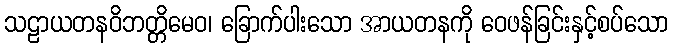
သဠာယတနဝိဘတ္တိမေဝ၊ ခြောက်ပါးသော အာယတနကို ဝေဖန်ခြင်းနှင့်စပ်သော